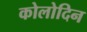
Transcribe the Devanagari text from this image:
कोलोदिन